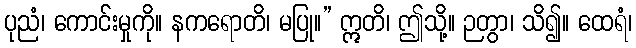
ပုညံ၊ ကောင်းမှုကို။ နကရောတိ၊ မပြု။” ဣတိ၊ ဤသို့။ ဉတွာ၊ သိ၍။ ထေရံ၊